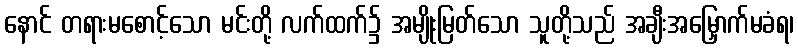
နောင် တရားမစောင့်သော မင်းတို့ လက်ထက်၌ အမျိုးမြတ်သော သူတို့သည် အချီးအမြှောက်မခံရ၊